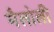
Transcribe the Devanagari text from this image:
मैलोली